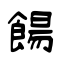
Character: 餳